NAE_EAOK_eestikeelsed_sunnimeetrikad, lk 45
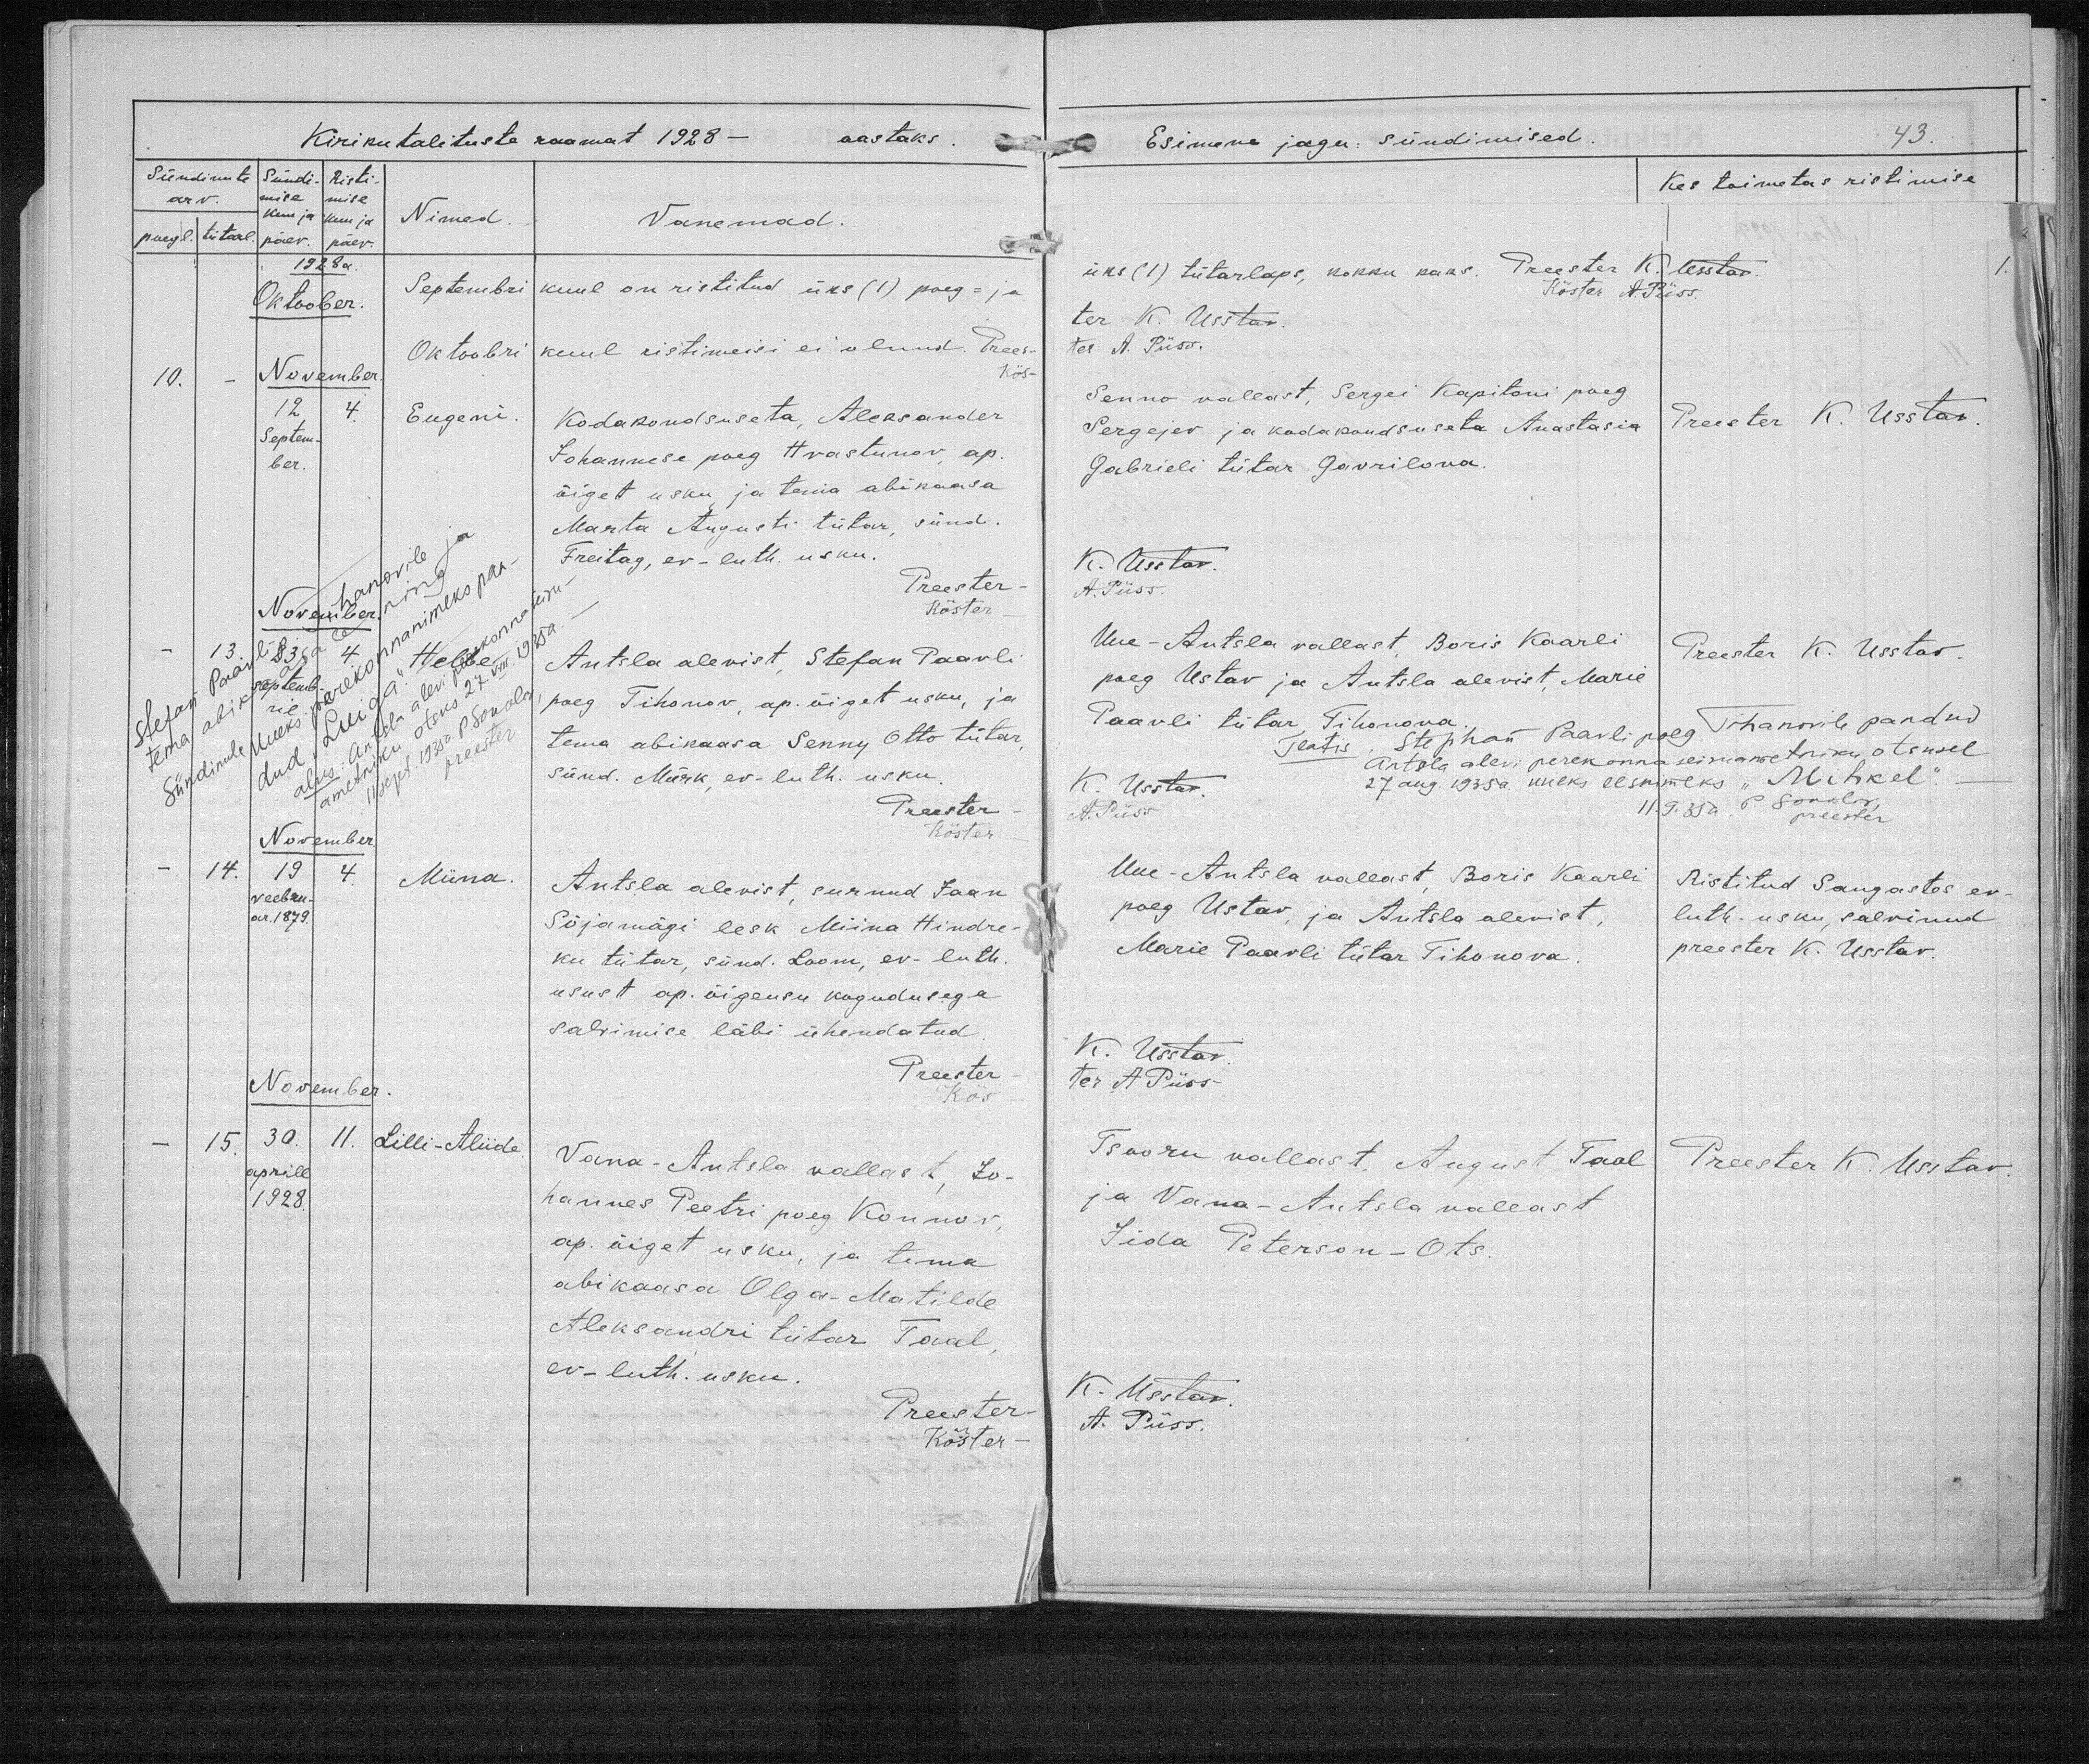
Eugeni

Helbe

Miina

Lilli-Aliide

Kodakondsuseta, Aleksander
Johannese poeg Hvastunov, ap.
õiget usku ja tema abikaasa
Marta Augusti tütar, sünd.
Freitag, ev-luth. usku.

Anstla alevist, Stefan Paavli
poeg Tihonov, ap. õiget usku, ja
tema abikaasa Senny Otto Tütar,
sünd. Mürk, ev-luth. usku.

Antsla alevist, surnud Jaan
Sõjamägi lesk Miina Hindre-
ku tütar, sünd. Loom, ev-luth.
usust ap. õigeusu kogudusega
salvimise läbi ühendatud.

Vana-Antsla vallast, Jo-
hannes Peetri poeg Konnov,
ap. õiget usku, ja tema
abikaasa Olga-Matilde
Aleksandri tütar Taal,
ev-luth. usku.